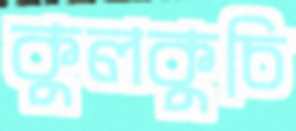
কুলকুচি